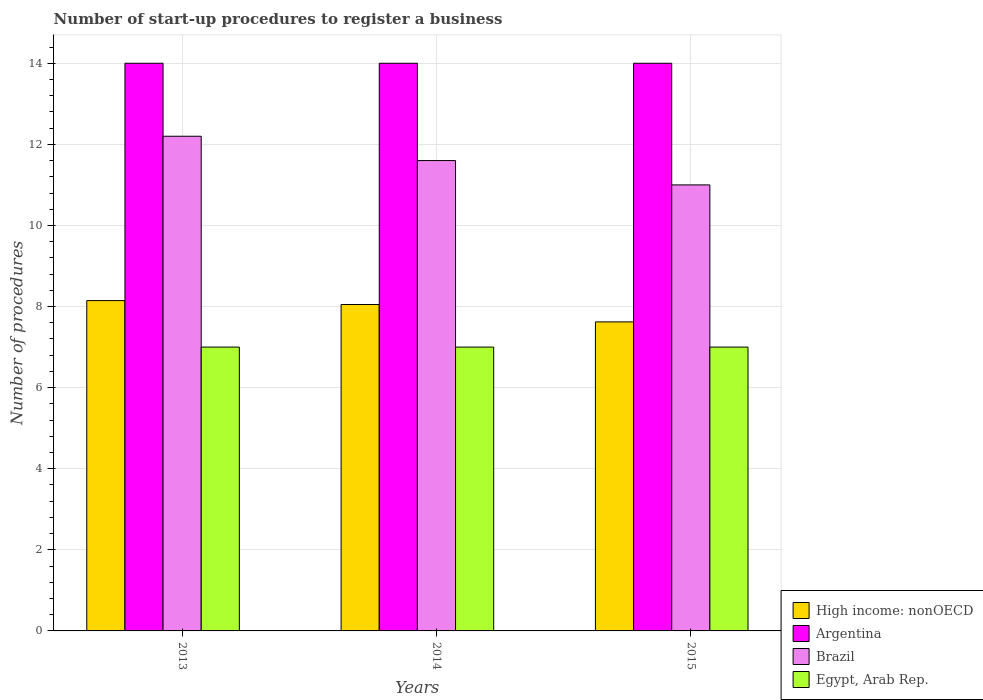
| Years | High income: nonOECD | Argentina | Brazil | Egypt, Arab Rep. |
 | --- | --- | --- | --- | --- |
 | 2013 | 8.15 | 14 | 12.2 | 7 |
 | 2014 | 8.05 | 14 | 11.6 | 7 |
 | 2015 | 7.62 | 14 | 11 | 7 |